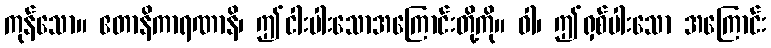
ကုန်သော။ ဧတာနိကာရဏာနိ၊ ဤငါးပါးသောအကြောင်းတို့ကို။ ဝါ၊ ဤရှစ်ပါးသော အကြောင်း